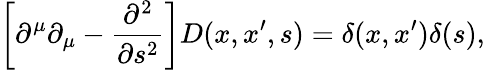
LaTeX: \left[\partial^{\mu}\partial_{\mu}-\frac{\partial^{2}}{\partial s^{2}}\right]D(x,x^{\prime},s)=\delta(x,x^{\prime})\delta(s),